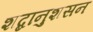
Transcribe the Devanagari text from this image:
शब्दानुशसन